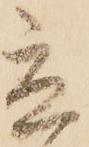
立